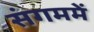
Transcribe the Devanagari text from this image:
संगममें